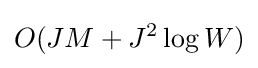
O(JM+J^{2}\log W)